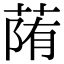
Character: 𦳉